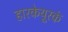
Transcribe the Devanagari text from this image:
हारकेयूरकं